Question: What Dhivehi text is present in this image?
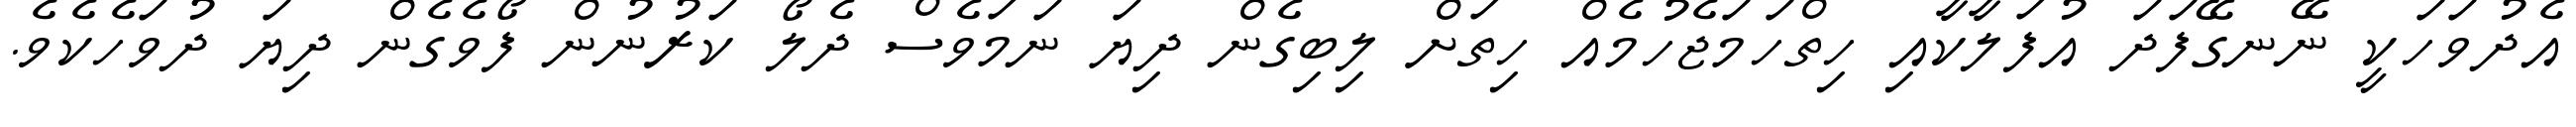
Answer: އެދުވަހަކީ ނޭނގޭފަދަ އުފަލާކާއި ހިތްހަމަޖެހުމެއް ހިތަށް ލިބިގެން ދިޔަ ނަމަވެސް ދެލޯ ކަރުނުން ފޯވެގެން ދިޔަ ދުވަހެކެވެ.